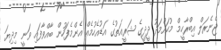
ޖެނެރަލް އިބްރާހީމް މުހައްމަދު ދީދީގެ ޝަރީއަތުގެ އަޑުއެހުމެއް އެންމެފަހުން ބާއްވާފައި ވަނީ މިދިޔަ